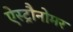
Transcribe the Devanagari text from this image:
ऐस्ट्रौनोमर